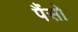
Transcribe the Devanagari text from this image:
पैंसो